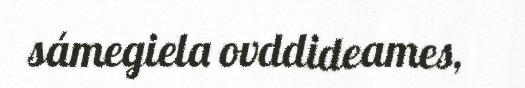
sámegiela ovddideames,